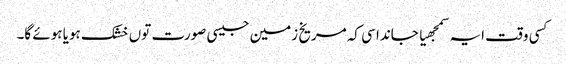
کسی وقت ایہ سمجھیا جاندا سی کہ مریخ زمین جیسی صورت تو‏ں خشک ہویا ہوئے گا۔